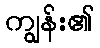
ကျွန်း၏